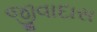
જીવાદાસ